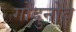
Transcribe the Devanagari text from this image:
गोदुनोव